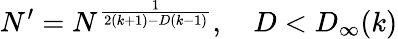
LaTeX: N^{\prime}=N^{\frac{1}{2(k+1)-D(k-1)}},\quad D<D_{\infty}(k)